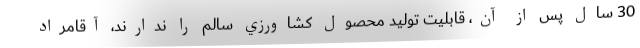
30 سال پس از آن، قابليت توليد محصول كشاورزي سالم را ندارند، آقامراد